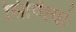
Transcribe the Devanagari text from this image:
सिप्पियां